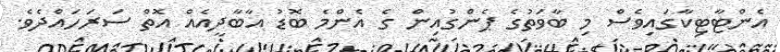
އެންޓާޓިކާގައިވެސް މި ބާވަތުގެ ޕެންގުއިން ގެ އެންމެ ބޮޑު އާބާދީއެއް އޮތް ސަރަހައްދެވެ.